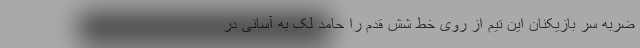
ضربه سر بازیکنان این تیم از روی خط شش قدم را حامد لک به آسانی در